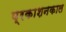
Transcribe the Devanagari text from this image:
प्रकाशनकाल